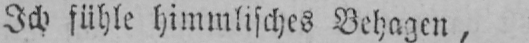
Ich fühle himmlisches Behagen,